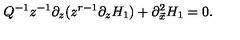
Q ^ { - 1 } z ^ { - 1 } \partial _ { z } ( z ^ { r - 1 } \partial _ { z } H _ { 1 } ) + \partial _ { \vec { x } } ^ { 2 } H _ { 1 } = 0 .